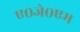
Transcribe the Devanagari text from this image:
ए०जे०एम